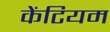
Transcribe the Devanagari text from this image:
केंटियम